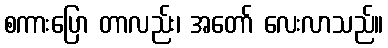
စကားပြော တာလည်း၊ အတော် လေးလာသည်။